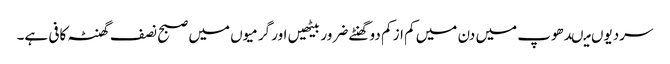
سردیوں میںدھوپ میں دن میں کم از کم دو گھنٹے ضرور بیٹھیں اور گرمیوں میں صبح نصف گھنٹہ کافی ہے۔